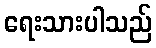
ရေးသားပါသည်